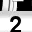
Digit: 2